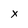
Character: x